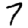
Digit: 7